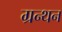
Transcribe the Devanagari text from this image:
ग्रन्थन